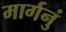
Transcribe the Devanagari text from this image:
मार्गनुं